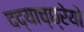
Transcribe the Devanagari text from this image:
दद्याच्छ्रेयो